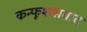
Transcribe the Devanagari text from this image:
कन्फूशसवाद